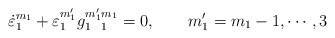
\begin{align*}\dot \varepsilon_1^{m_1}+\varepsilon_1^{m_1^\prime}g_{1~~1}^{m_1^\prime m_1}=0,~~~~~~m_1^\prime =m_1-1,\cdots,3\end{align*}